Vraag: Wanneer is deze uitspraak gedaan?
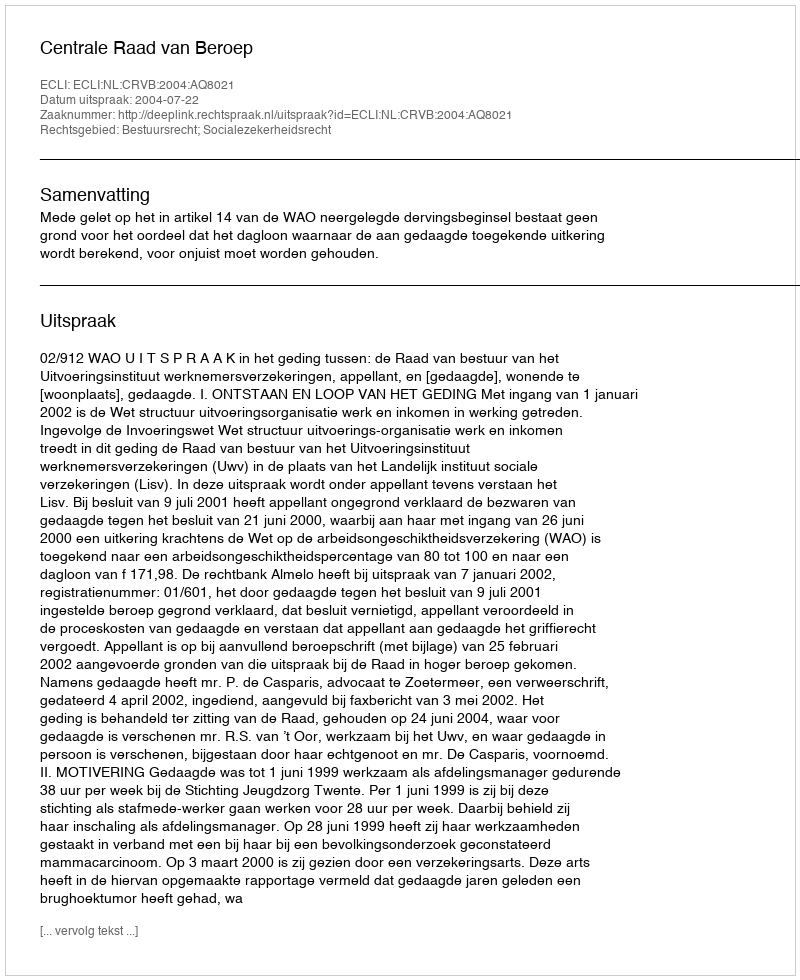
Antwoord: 2004-07-22